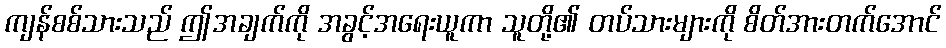
ကျန်စစ်သားသည် ဤအချက်ကို အခွင့်အရေးယူကာ သူတို့၏ တပ်သားများကို စိတ်အားတက်အောင်